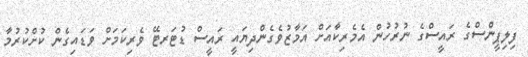
ފިލިޕީންސްގެ ރައީސްގެ ނުރުހުން އެމެރިކާއަށް އަމާޒުވެގެންދިޔައީ ރައީސް ޑުޓަރޓޭ ވެރިކަމަށް ވަޑައިގެން ކުށްކުރުމާ